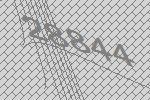
28844